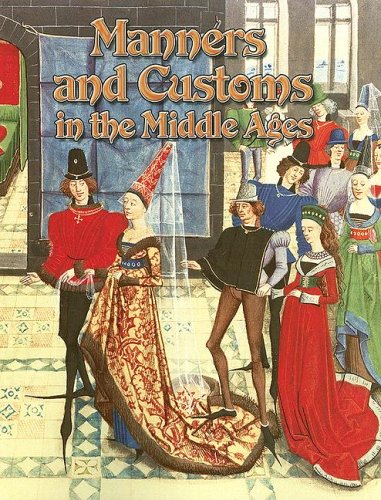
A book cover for Manners and Customs in the Middle Ages (Medieval World (Crabtree Paperback)); Marsha Groves; Children's Books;